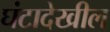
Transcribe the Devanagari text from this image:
घंटादेखील